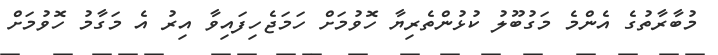
މުބާރާތުގެ އެންމެ މަގުބޫލު ކުޅުންތެރިޔާ ހޮވުމަށް ހަމަޖެހިފައިވާ އިރު އެ މަގާމު ހޮވުމަށް